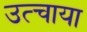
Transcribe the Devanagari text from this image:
उत्चाया